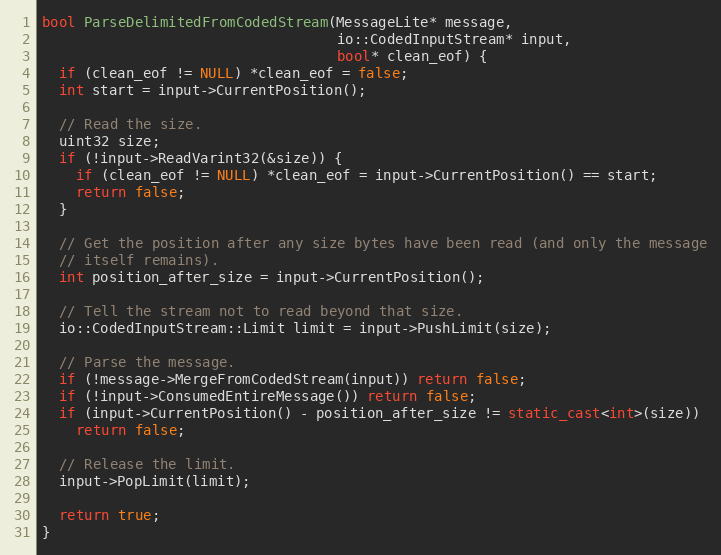
Language: C++
bool ParseDelimitedFromCodedStream(MessageLite* message,
                                   io::CodedInputStream* input,
                                   bool* clean_eof) {
  if (clean_eof != NULL) *clean_eof = false;
  int start = input->CurrentPosition();

  // Read the size.
  uint32 size;
  if (!input->ReadVarint32(&size)) {
    if (clean_eof != NULL) *clean_eof = input->CurrentPosition() == start;
    return false;
  }

  // Get the position after any size bytes have been read (and only the message
  // itself remains).
  int position_after_size = input->CurrentPosition();

  // Tell the stream not to read beyond that size.
  io::CodedInputStream::Limit limit = input->PushLimit(size);

  // Parse the message.
  if (!message->MergeFromCodedStream(input)) return false;
  if (!input->ConsumedEntireMessage()) return false;
  if (input->CurrentPosition() - position_after_size != static_cast<int>(size))
    return false;

  // Release the limit.
  input->PopLimit(limit);

  return true;
}